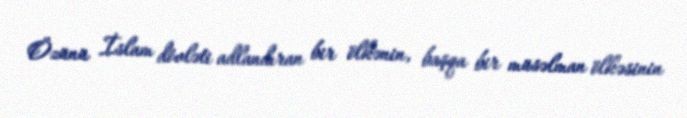
Özünü İslam dövləti adlandıran bir ölkənin, başqa bir müsəlman ölkəsinin